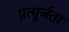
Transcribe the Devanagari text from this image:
प्रत्युर्जता